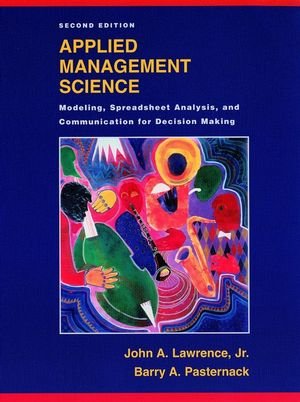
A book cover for Applied Management Science: Modeling, Spreadsheet Analysis, and Communication for Decision Making, 2nd Edition; John A. Lawrence; Computers & Technology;